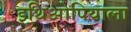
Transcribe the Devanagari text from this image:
इथिओपियाला